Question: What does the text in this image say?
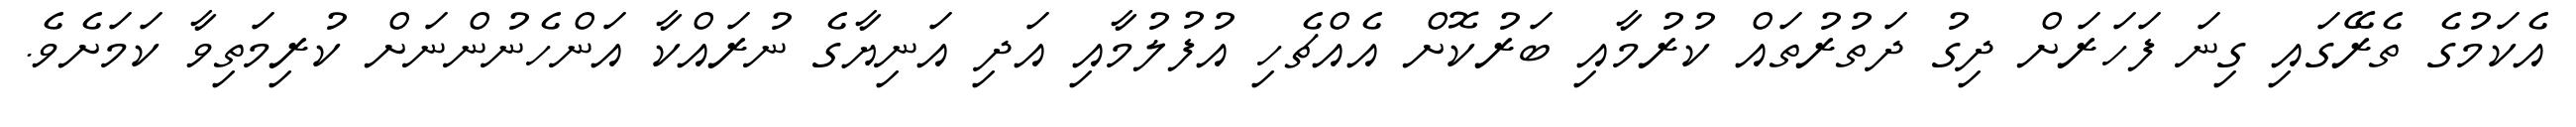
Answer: އެކަމުގެ ތެރޭގައި ގިނަ ފަހަރަށް ދިގު ދަތުރުތައް ކުރުމާއި ބަރުކޮށް އެއްޗެހި އުފުލުމާއި އަދި އަނިޔާގެ ނުރައްކާ އަންހެނުންނަށް ކުރިމަތިވާ ކަމަށެވެ.